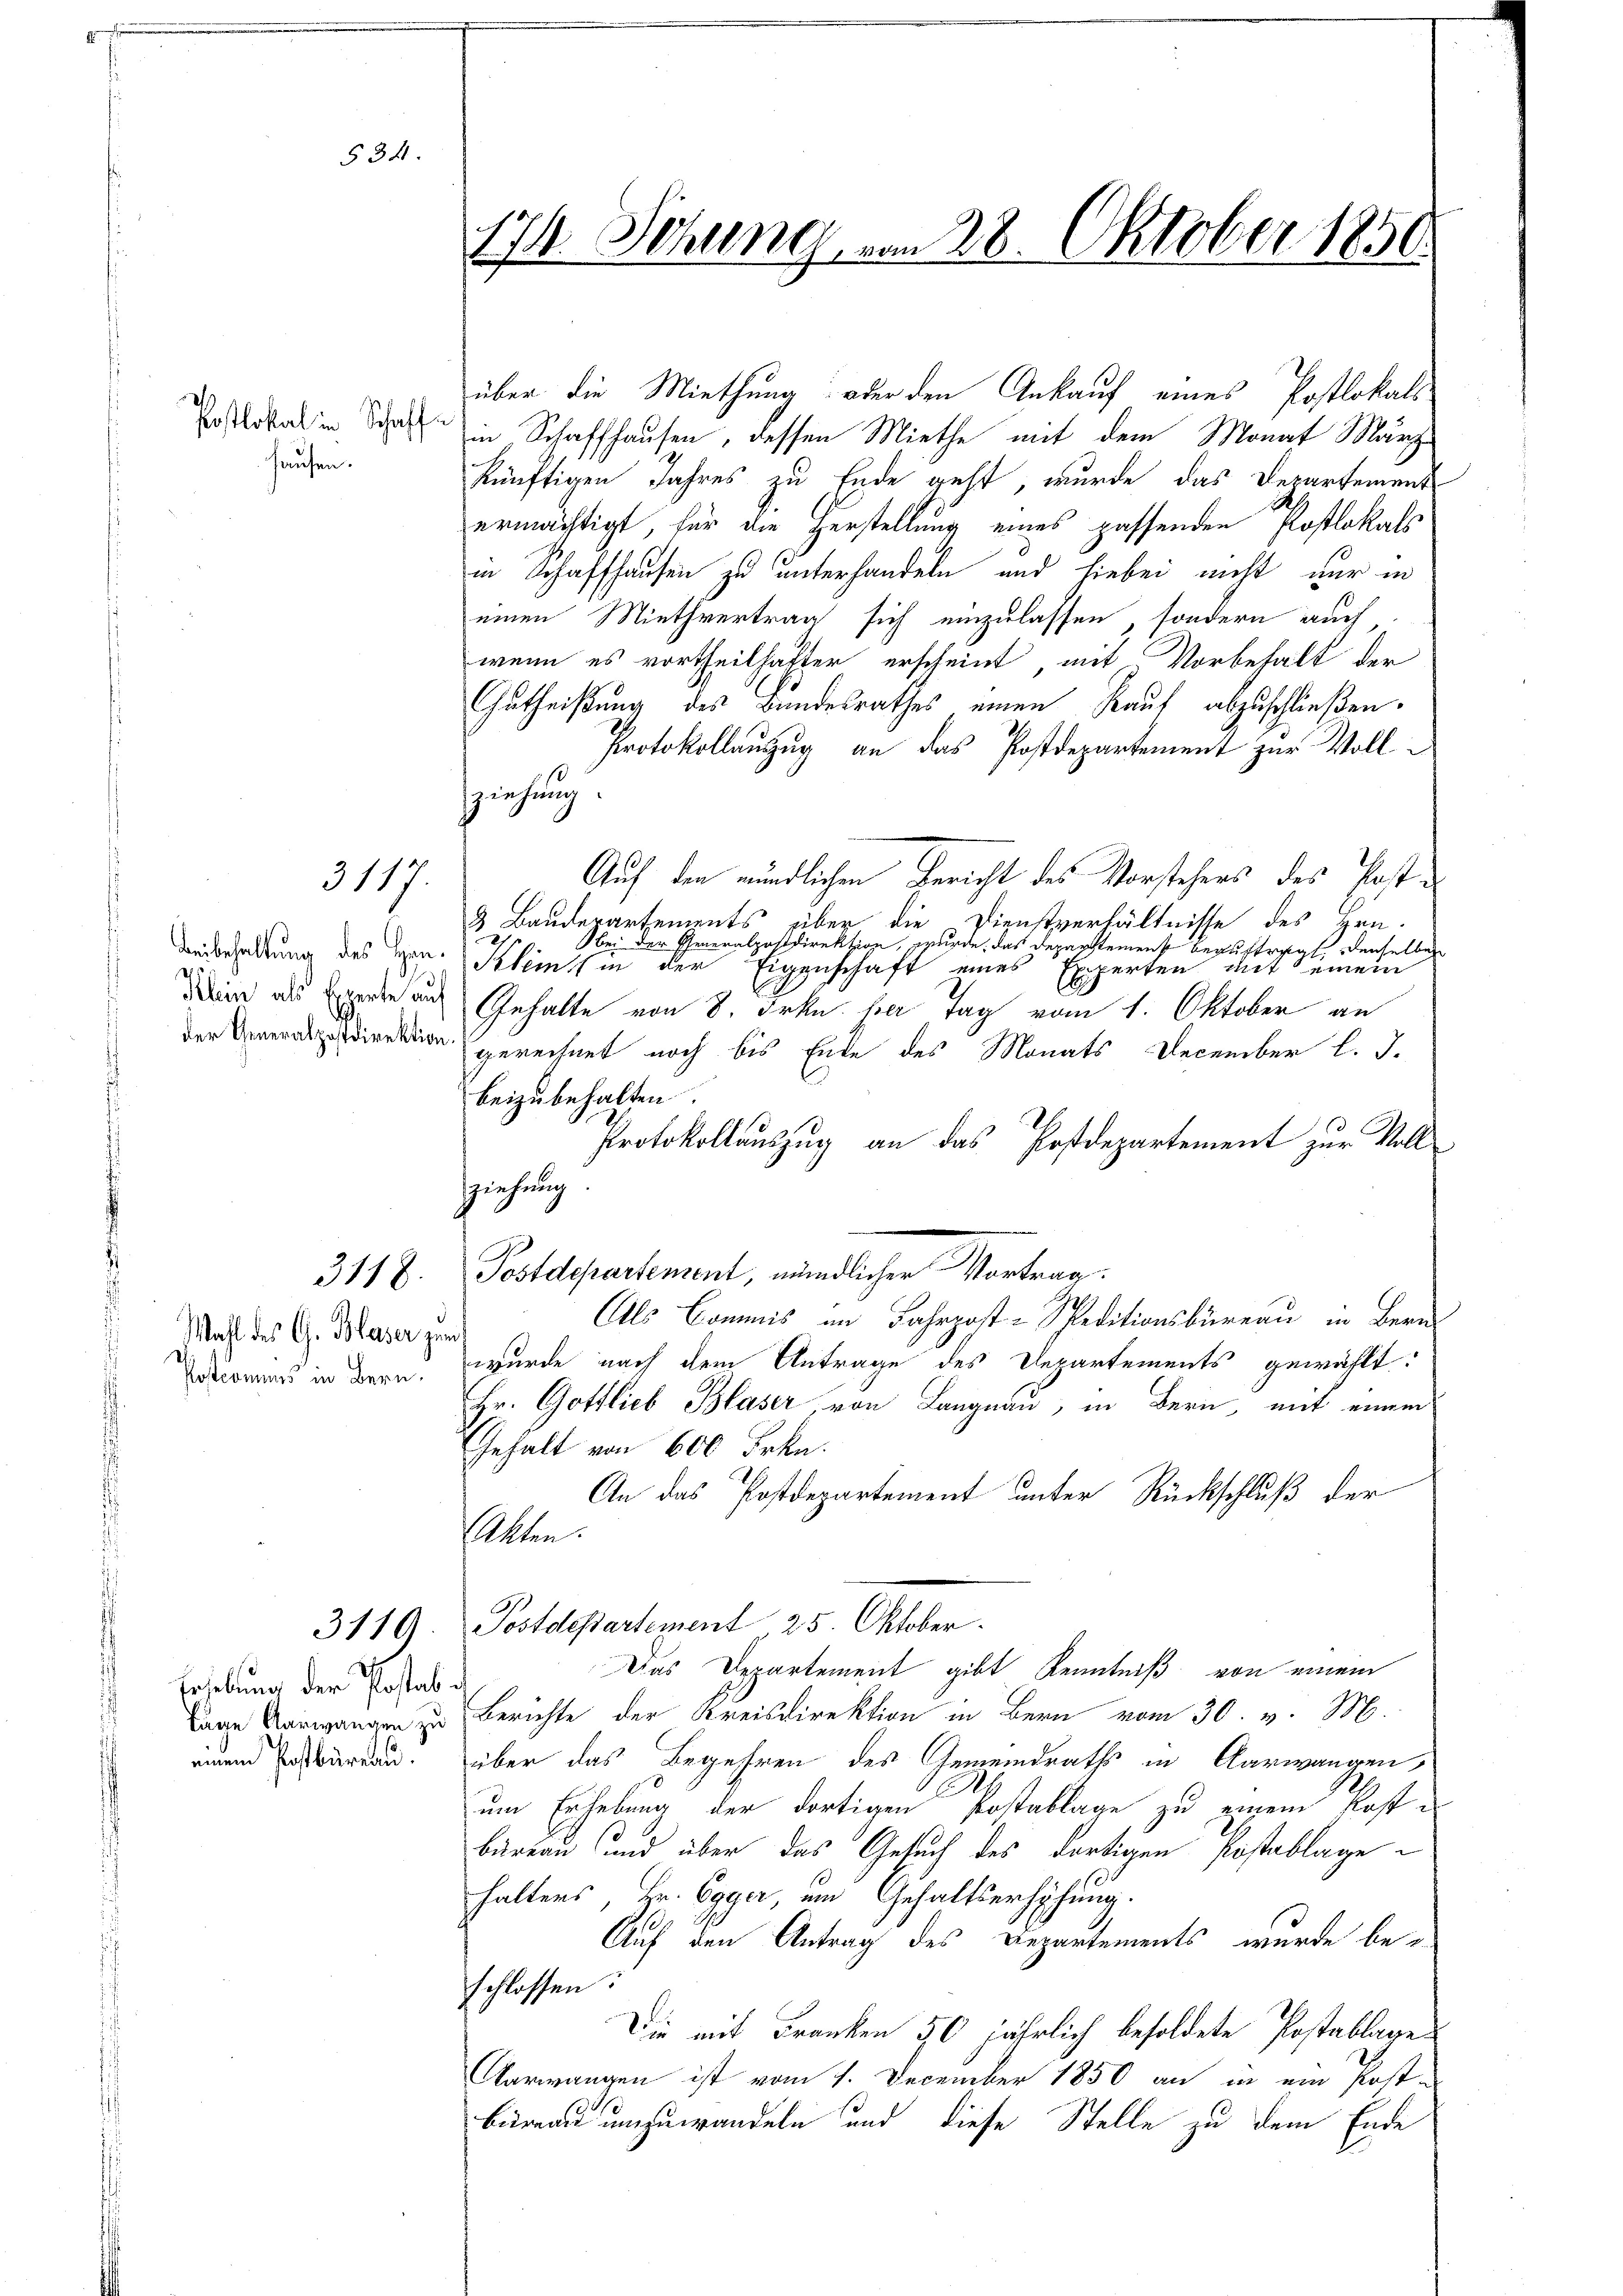
534.

Postlokal in Schaffhausen.

3117.

Beibehaltung des Han¬
Klein als Experte an
der Generalpostdirektion

3118.

Wahl des G. Blaser zu
Postcomums in Bern.

3119.

Erhebung der Postabeinem Postbüreau.

17 Sitzung vom 28. Oktober 1850.
s

über die Miethung oder den Ankauf eines Postlokals:
in Schaffhausen, dessen Miethe mit dem Monat März
künftigen Jahres zu Ende geht, wurde das Departement
ermächtigt, für die Herstellung eines passenden Postlokals
in Schaffhausen zu unterhandeln und hiebei nicht nur in
einen Miethvertrag sich einzulassen, sondern auch
wenn es vortheilhafter erscheint mit Vorbehalt der
Gutheißung des Bundesrathes einen Kauf abzuschließen.
Protokollauszug an das Postdepartement zur Vollsziehung.
Auf den mündlichen Bericht des Vorstehers des Post¬
3 Baudepartements über die Dienstverhältnisse des Hrn.
bei der Generalpostdirektion, wurde das Departemenst beauftragt, denselben
Klems in der Eigenschaft eines Experten mit einem
Gehalte von 8. Frkn. her Tag vom 1. Oktober an
gerechnet noch bis Ende des Monats December l. J.
beizubehalten.
Protokollauszug an das Postdepartement zur Voll¬
Postdepartement, mündlicher Vortrag.
Als Commis im Jahrpost-Speditionsbüreau in Bern
n
wurde nach dem Antrage des Departements gewählt:
Hr. Gottlieb Blaser von Langnau, in Bern, mit einem
Gehalt von 600 Frkn.
An das Postdepartement unter Rückschluß der
Akten.
Postdepartement 25. Oktober.
Das Departement gibt Kenntniß von einem
Lage Verwangen zu Berichte der Kreisdirektion in Bern vom 30. v. M.
über das Begehren des Gemeindraths in Aarwangen,
um Erhebung der dortigen Postablage zu einem Kost-
bureau und über das Gesuch des dortigen Postablage
halters, Hr. Egger, um Gehaltserhöhung.
Auf den Antrag des Departements, wurde be-
schlossen:
Die mit Franken 50 jährlich besoldete Postablage
Oarwangen ist vom 1. December 1850 an in ein Postbirend umzuwandeln und diese Stelle zu dem Ende

Zziehung.